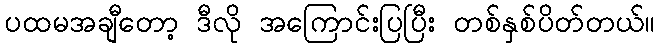
ပထမအချီတော့ ဒီလို အကြောင်းပြပြီး တစ်နှစ်ပိတ်တယ်။